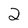
Character: 2